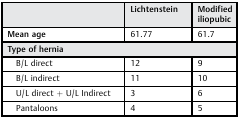
<table><thead><tr><td></td><td><b>Lichtenstein</b></td><td><b>Modified iliopubic</b></td></tr></thead><tbody><tr><td><b>Mean age</b></td><td>61.77</td><td>61.7</td></tr><tr><td colspan="3"><b>Type of hernia</b></td></tr><tr><td> B/L direct</td><td>12</td><td>9</td></tr><tr><td> B/L indirect</td><td>11</td><td>10</td></tr><tr><td> U/L direct + U/L Indirect</td><td>3</td><td>6</td></tr><tr><td> Pantaloons</td><td>4</td><td>5</td></tr></tbody></table>